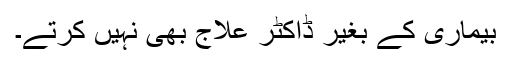
بیماری کے بغیر ڈاکٹر علاج بھی نہیں کرتے۔